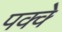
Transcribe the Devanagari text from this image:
पक्‍क्‍े